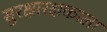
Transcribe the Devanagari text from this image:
सुरक्षारक्षकाला